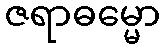
ဇရာဓမ္မော